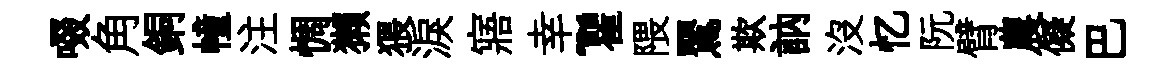
啜角銅幢注惆獺猥淚寤幸~瞿隈鸎欺訥没忆阮臂農儗巴